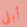
أبلى